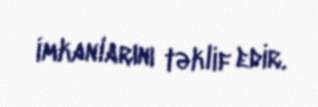
imkanlarını təklif edir.